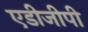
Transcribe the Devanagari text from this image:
एडीजीपी